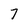
Character: 7